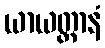
ယာယတ္တာနံ